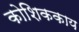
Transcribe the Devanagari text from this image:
कोशिककाय